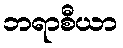
ဘရာစီယာ